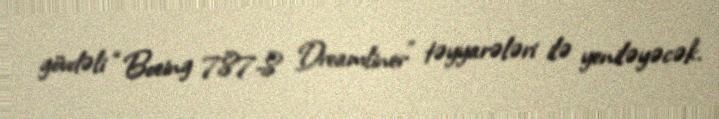
gövdəli “Boeing 787-8 Dreamliner” təyyarələri ilə yeniləyəcək.